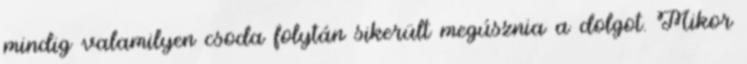
mindig valamilyen csoda folytán sikerült megúsznia a dolgot. Mikor